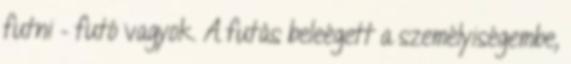
futni – futó vagyok. A futás beleégett a személyiségembe,